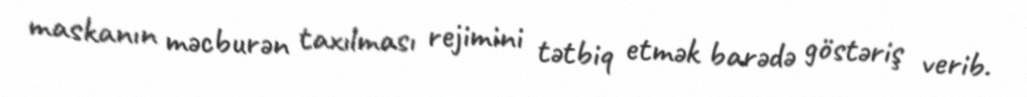
maskanın məcburən taxılması rejimini tətbiq etmək barədə göstəriş verib.